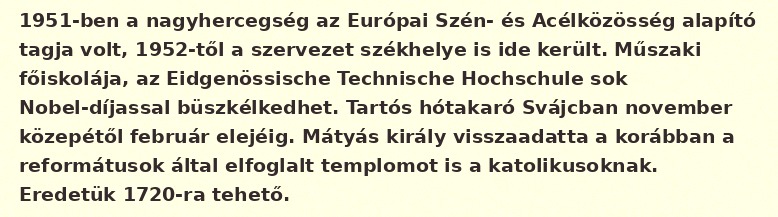
1951-ben a nagyhercegség az Európai Szén- és Acélközösség alapító tagja volt, 1952-től a szervezet székhelye is ide került. Műszaki főiskolája, az Eidgenössische Technische Hochschule sok Nobel-díjassal büszkélkedhet. Tartós hótakaró Svájcban november közepétől február elejéig. Mátyás király visszaadatta a korábban a reformátusok által elfoglalt templomot is a katolikusoknak. Eredetük 1720-ra tehető.